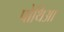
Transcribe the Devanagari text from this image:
पोथिआ